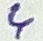
Text: 4